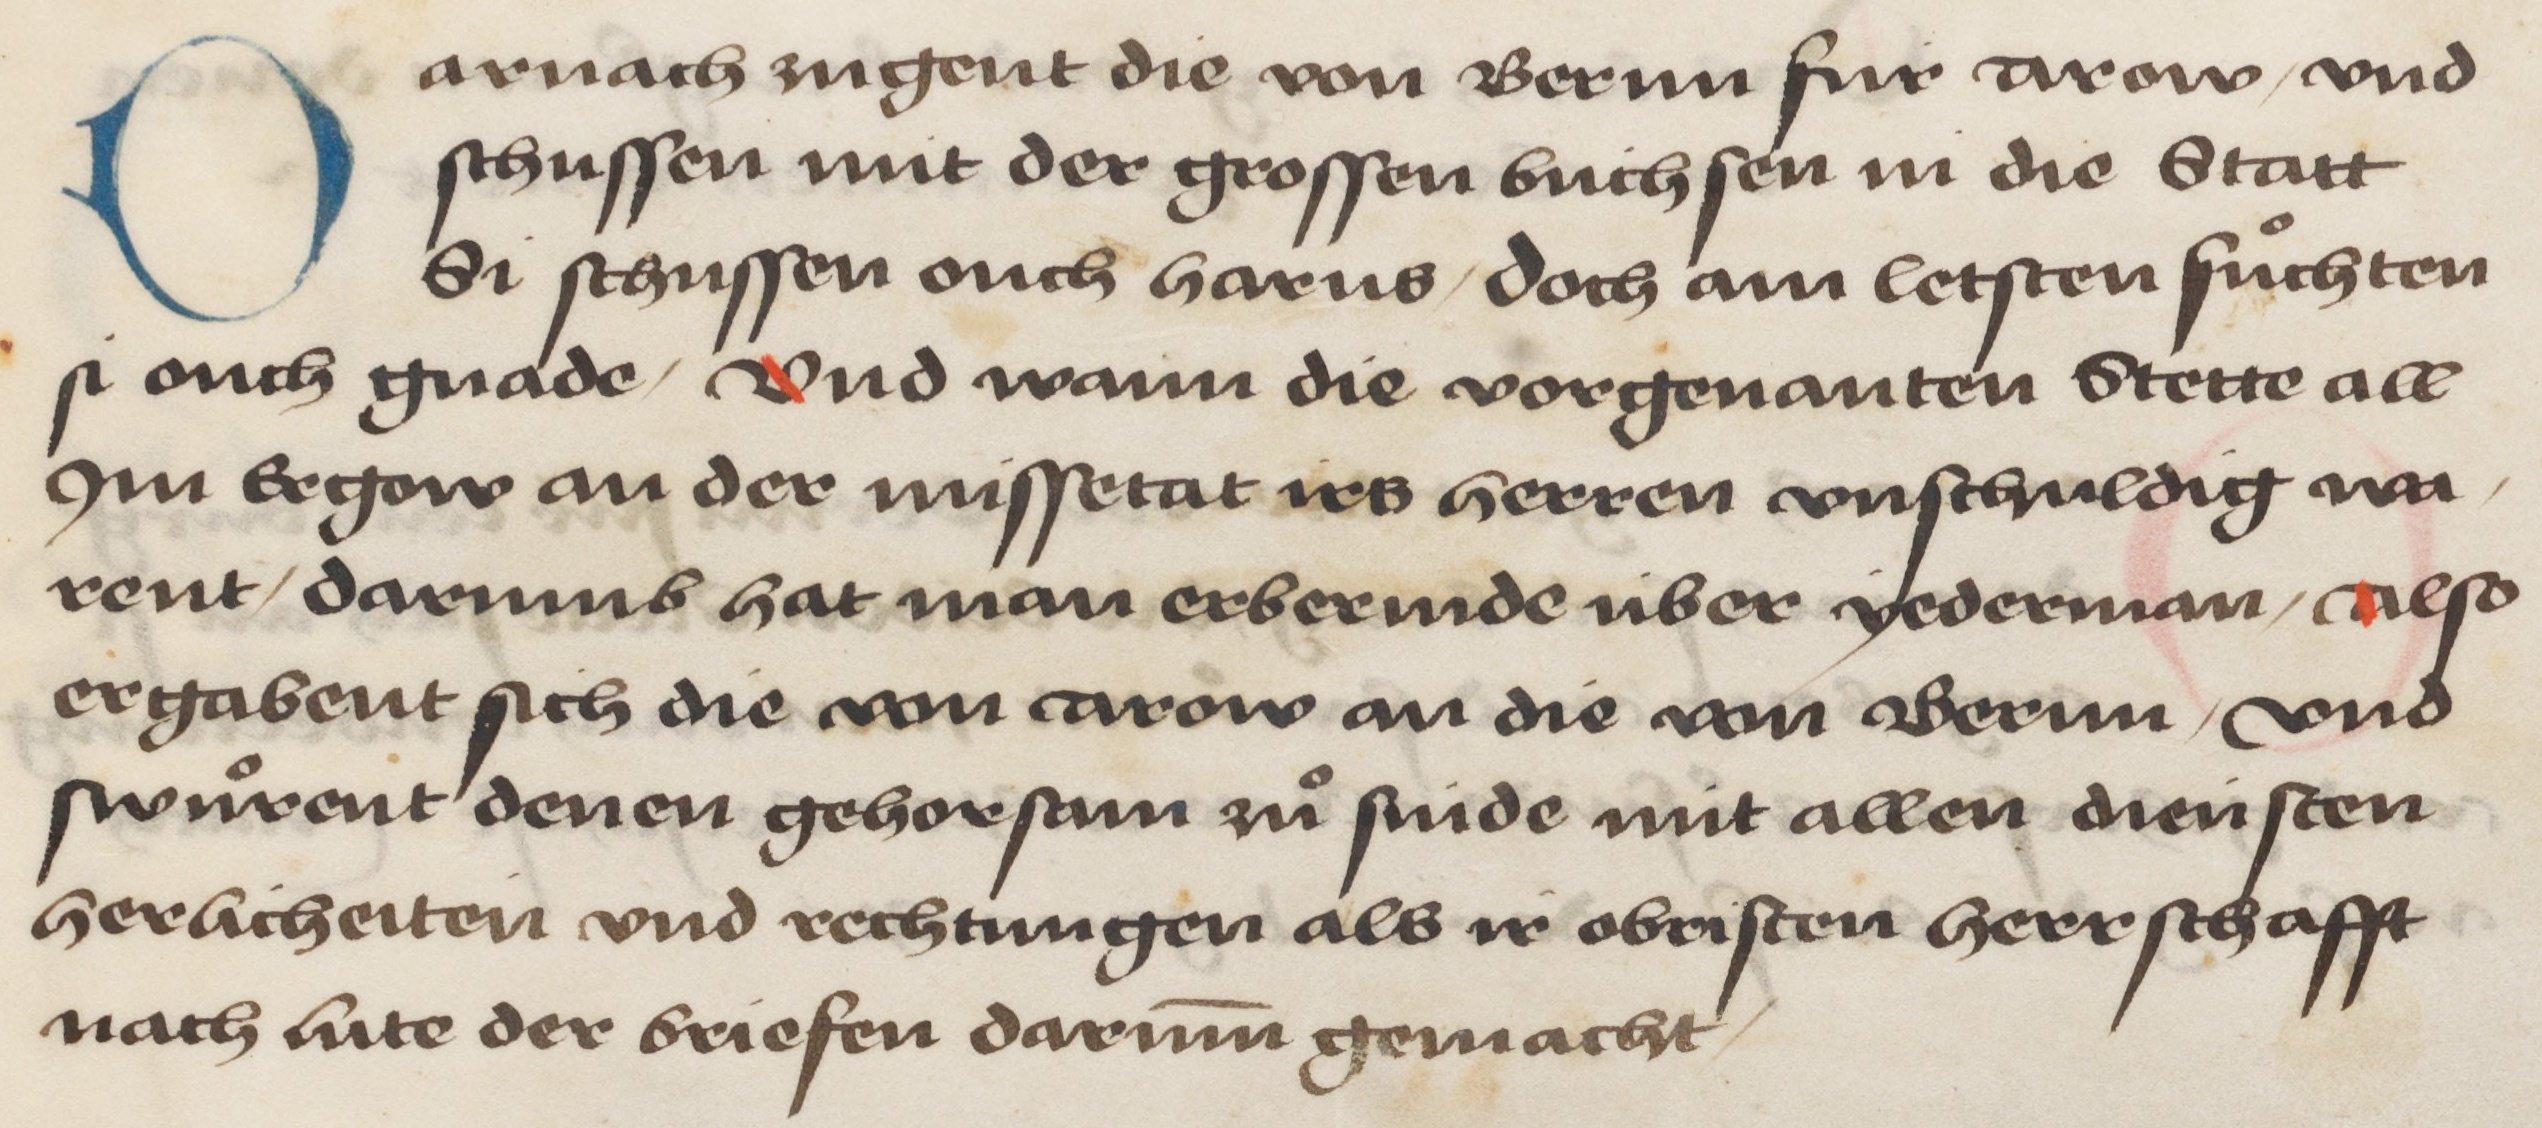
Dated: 1478–1483